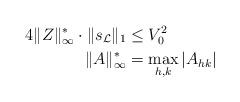
LaTeX: \begin{align*}4\|Z\|^*_\infty\cdot\|s_\mathcal{L}\|_1 &\leq V_0^2 \\ \|A\|_\infty^*& = \max_{h,k}|A_{hk}|\end{align*}